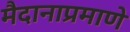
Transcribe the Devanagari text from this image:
मैदानाप्रमाणे